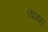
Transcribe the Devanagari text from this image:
स्थावर।